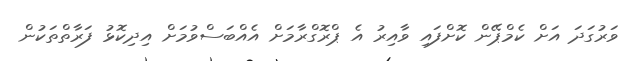
ވަރުގަދަ އަށް ކެމްޕޭން ކޮށްފައި ވާއިރު އެ ޕްރޮގްރާމަށް އެއްބަސްވުމަށް އިދިކޮޅު ފަރާތްތަކުން